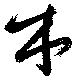
木